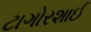
ટાગોરશાઈ